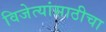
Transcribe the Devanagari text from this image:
विजेत्यांसाठीचा